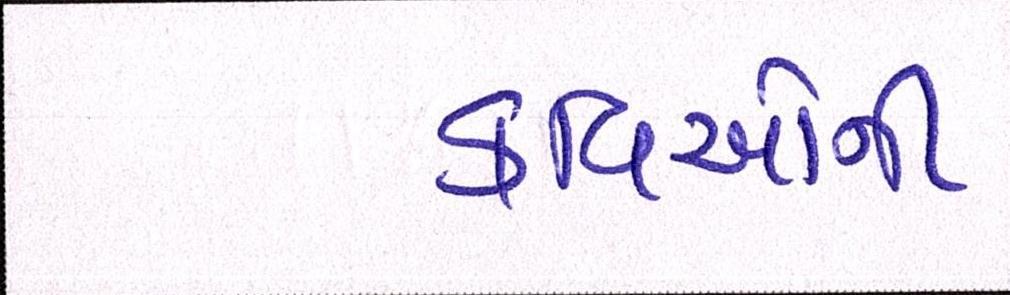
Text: કવિઓની